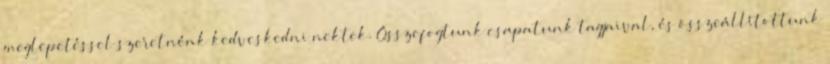
meglepetéssel szeretnénk kedveskedni nektek. Összefogtunk csapatunk tagjaival, és összeállítottunk